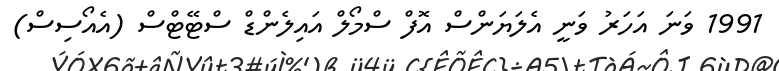
1991 ވަނަ އަހަރު ވަނީ އެލަޔަންސް އޮފް ސްމޯލް އައިލެންޑް ސްޓޭޓްސް (އެއޯސިސް)